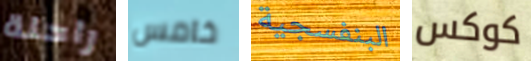
راحلة خامس البنفسجية كوكس